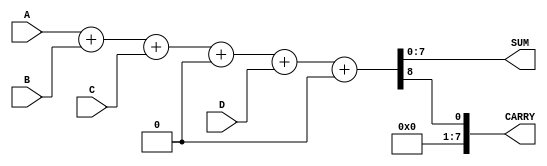
module carry_save_adder_tree #(
    parameter WIDTH = 8,  // Bit-width of the inputs
    parameter NUM_INPUTS = 4 // Number of inputs to be added
)(
    input [WIDTH-1:0] A, // First input
    input [WIDTH-1:0] B, // Second input
    input [WIDTH-1:0] C, // Third input
    input [WIDTH-1:0] D, // Fourth input
    output [WIDTH-1:0] SUM, // Final sum output
    output [WIDTH-1:0] CARRY // Final carry output
);

// Internal wires for the CSA tree
wire [WIDTH-1:0] sum1, carry1;
wire [WIDTH-1:0] sum2, carry2;
wire [WIDTH-1:0] final_sum, final_carry;

// Carry Save Adder Cell
// Each CSA cell adds three inputs and produces a sum and carry
function [WIDTH-1:0] csa_cell(
    input [WIDTH-1:0] x,
    input [WIDTH-1:0] y,
    input [WIDTH-1:0] z
);
    begin
        csa_cell = {1'b0, x} + {1'b0, y} + {1'b0, z}; // Extend to handle carry
    end
endfunction

// Level 1 CSA cells
assign {carry1, sum1} = csa_cell(A, B, C); // First CSA cell
assign {carry2, sum2} = csa_cell(sum1, carry1, D); // Second CSA cell

// Final addition using a conventional adder
assign {CARRY, SUM} = sum2 + carry2; // Final addition

endmodule